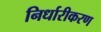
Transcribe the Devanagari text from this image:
निर्धारीकरण